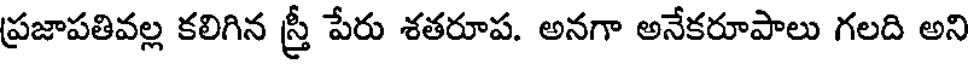
ప్రజాపతివల్ల కలిగిన స్త్రీ పేరు శతరూప. అనగా అనేకరూపాలు గలది అని